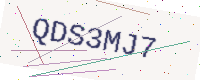
Text: QDS3MJ7